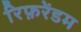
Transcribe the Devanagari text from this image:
रिफ़रेंडम